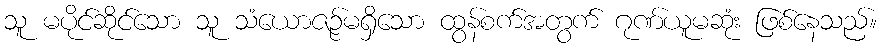
သူ မပိုင်ဆိုင်သော သူ သံယောဇဉ်မရှိသော ထွန်စက်အတွက် ဂုဏ်ယူမဆုံး ဖြစ်နေသည်။